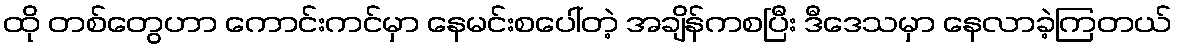
ထို တစ်တွေဟာ ကောင်းကင်မှာ နေမင်းစပေါ်တဲ့ အချိန်ကစပြီး ဒီဒေသမှာ နေလာခဲ့ကြတယ်